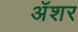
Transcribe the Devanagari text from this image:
अॅशर